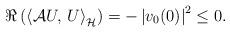
LaTeX: \begin{align*}\Re\left(\left\langle\mathcal{A}U,\, U \right\rangle_{\mathcal{H}}\right)=- \left|v_{0}(0)\right|^2\leq 0.\end{align*}